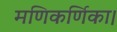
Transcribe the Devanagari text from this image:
मणिकर्णिका।